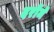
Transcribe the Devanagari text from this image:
दरोंमें